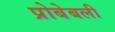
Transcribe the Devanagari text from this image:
प्रोबेबली